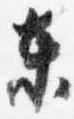
東